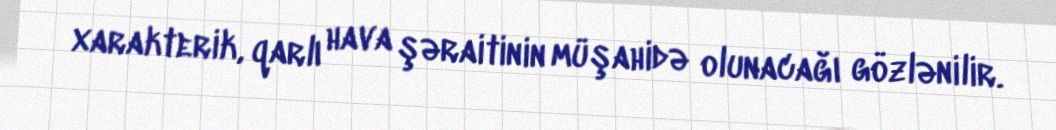
xarakterik, qarlı hava şəraitinin müşahidə olunacağı gözlənilir.